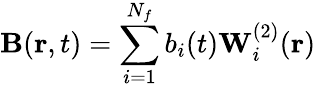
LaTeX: \mathbf{B}(\mathbf{r},t)=\sum_{i=1}^{N_{f}}b_{i}(t)\mathbf{W}_{i}^{(2)}(\mathbf{r})